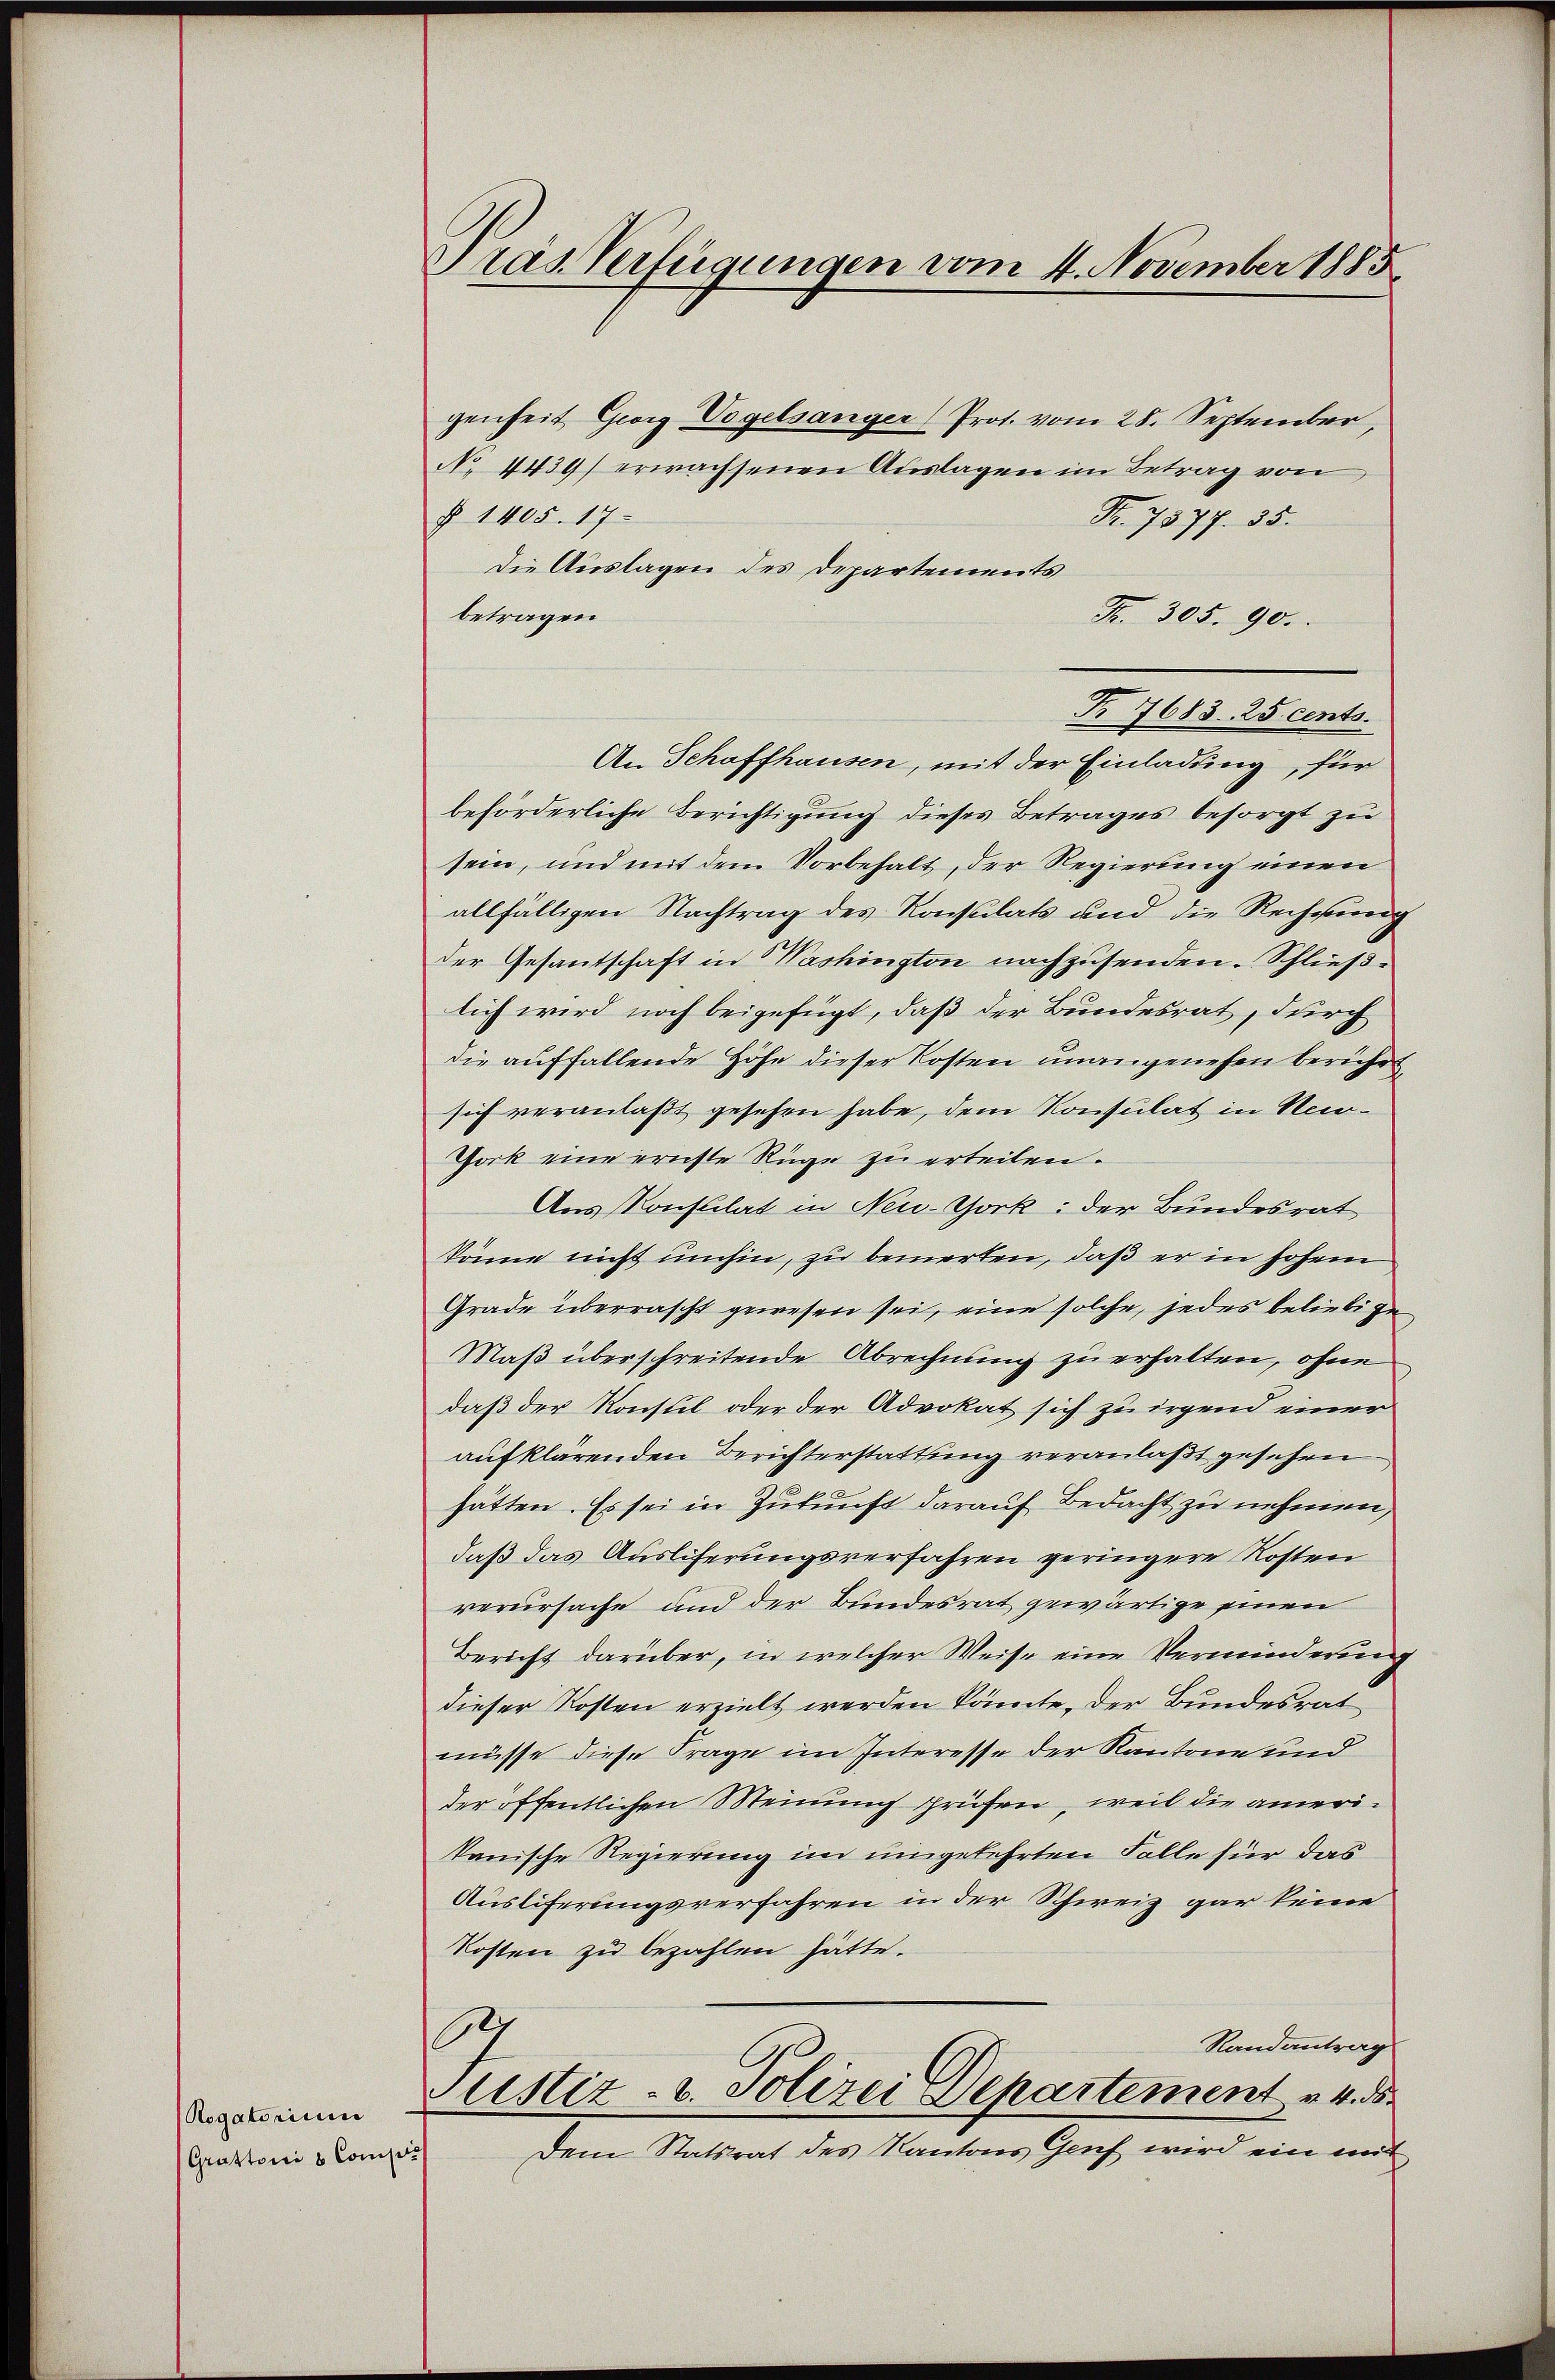
Rogatorium
Grattrici & Consis

Pras Verfügungen vom 4. November 1885

genheit Georg Vogelsanger Prot. vom 28. September,
No. 4439) erwachsenen Auslagen im Betrag von
§ 1405. 17.
Fr. 7577. 35.
Die Auslagen des Departements
betragen
Fr. 305. 90.
An Schaffhausen, mit der Einladung, für
beförderliche Berichtigung dieses Betrages besorgt zu
sein, und mit dem Vorbehalt, der Regierung einen
allfälligen Nachtrag des Konsulats und die Rechnung
der Gesantschaft in Washington nachzusenden. Schließlich wird noch beigefügt, daß der Bundesrat, durch
die auffallende Höhe dieser Kosten unangenehm beruhen
sich veranlaßt gesehen habe, dem Konsulat in New-
Jork eine ernste Rüge zu erteilen.
Aus Konsulat in New-York: der Bundesrat
könne nicht umhin, zu bemerken, daß er in hohem
Grade überrascht gewesen sei, eine solche, jedes beliebige
Maß überschreitende Abrechnung zu erhalten, ohne
daß der Konstil oder der Advokat sich zu irgend einer
aufklärenden Berichterstattung veranlaßt gesehen
hätten. Es sei in Zukunft darauf Bedacht zu nehmen,
daß das Ausliferungsverfahren geringere Kosten
verursache und der Bundesrat gewärtige einen
Bericht darüber, in welcher Weise eine Verminderung
dieser Kosten erzielt werden könnte. Der Bundesrat
müsse diese Frage im Interesse der Kantone und
der öffentlichen Meinung prüfen, weil die amerikanische Regierung im umgekehrten Falle für das
Ausliferungsverfahren in der Schweiz gar keine
Kosten zu bezahlen hätte.
.
Randantrag
Justiz- u. Polizei Departement v. 4. 8
Dem Statsrat des Kantons Genf wird ein mit

Nr 7683. 25 cents.